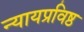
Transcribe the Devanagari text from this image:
न्यायप्रविष्ठ